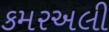
કમરઅલી